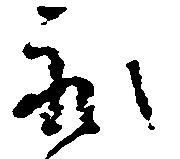
永